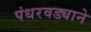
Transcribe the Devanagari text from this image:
पंधरवड्याने